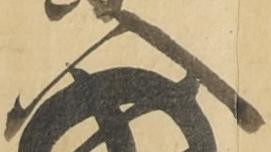
入